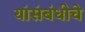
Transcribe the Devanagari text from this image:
यांसंबंधीचे